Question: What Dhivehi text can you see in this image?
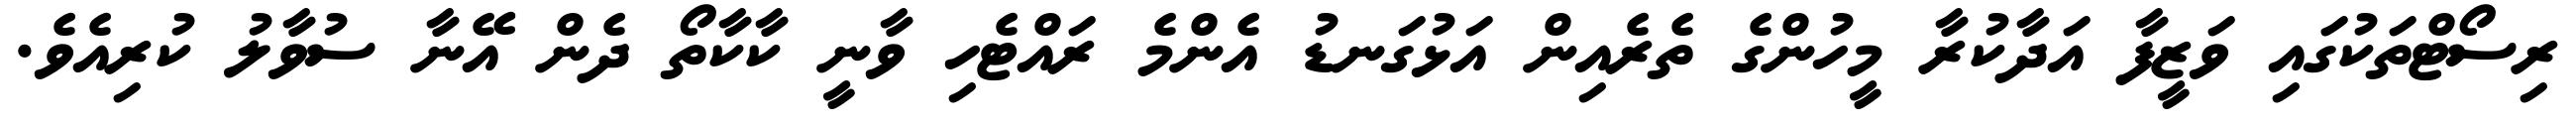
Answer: ރިސޯޓްތަކުގައި ވަޒީފާ އަދާކުރާ މީހުންގެ ތެރެއިން އަޅުގަނޑު އެންމެ ރައްޓެހި ވާނީ ކާކާތޯ ދެން އޭނާ ސުވާލު ކުރިއެވެ.